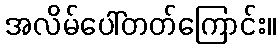
အလိမ်ပေါ်တတ်ကြောင်း။